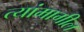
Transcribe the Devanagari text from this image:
त्यांमागील